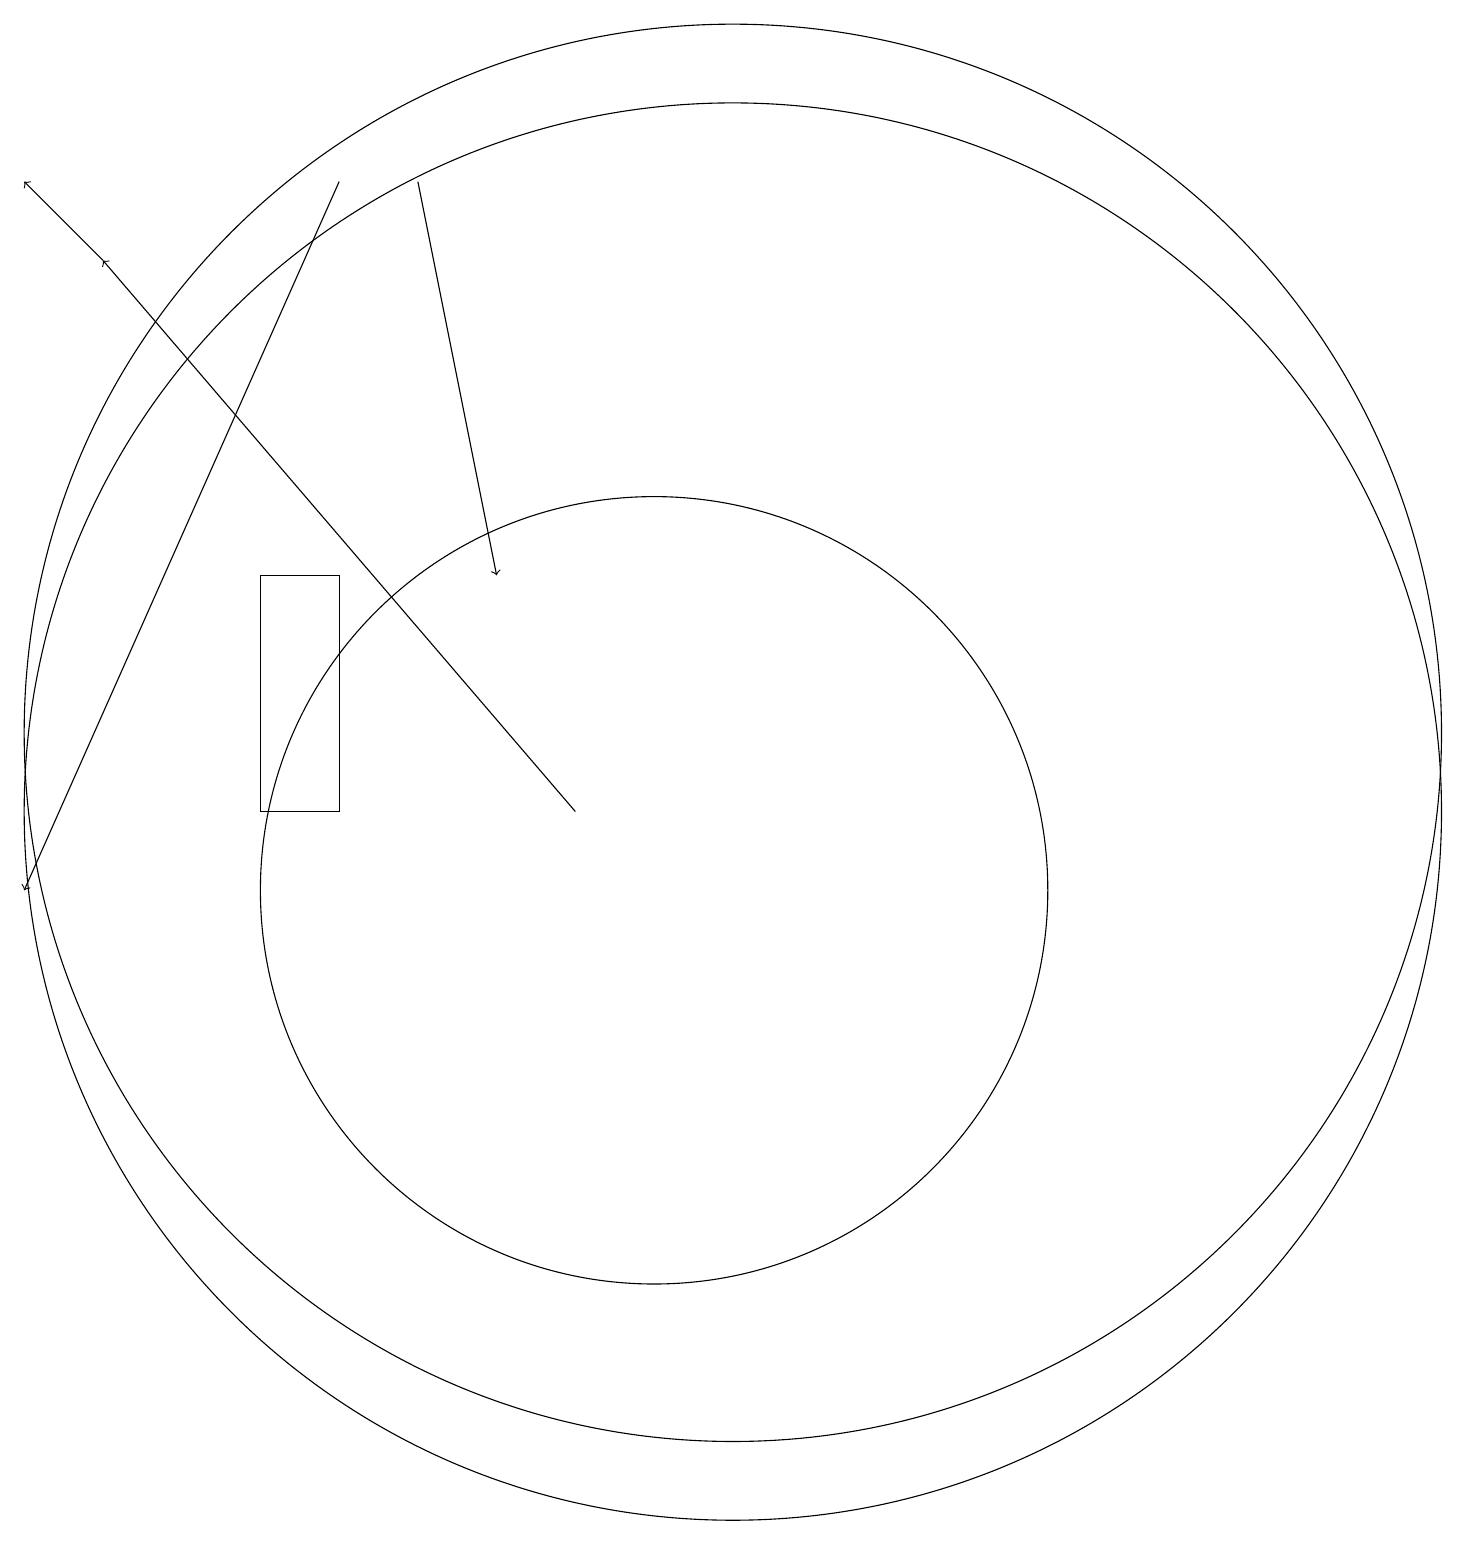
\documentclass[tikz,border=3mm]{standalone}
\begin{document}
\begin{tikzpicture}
\draw (6,14) rectangle (5,11);
\draw[->] (3,18) -- (2,19);
\draw (11,12) circle (9);
\draw[->] (6,19) -- (2,10);
\draw (11,11) circle (9);
\draw[->] (9,11) -- (3,18);
\draw[->] (7,19) -- (8,14);
\draw (10,10) circle (5);
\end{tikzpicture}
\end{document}